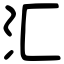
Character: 汇